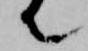
て